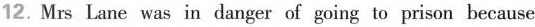
12. Mrs Lane was in danger of going to prison because